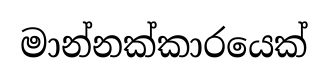
මාන්නක්කාරයෙක්